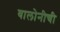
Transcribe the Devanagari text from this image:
वालोनीची